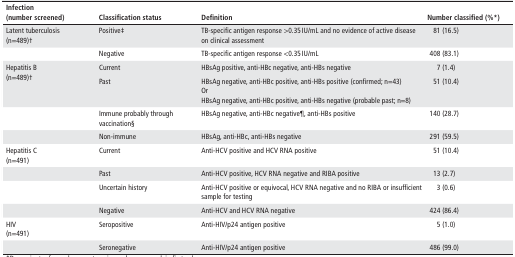
| Infection (number screened) | Classification status | Definition | Number classified (%*) |
 | --- | --- | --- | --- |
 | Latent tuberculosis (n=489)† | Positive‡ | TB-specific antigen response >0.35 IU/mL and no evidence of active disease on clinical assessment | 81 (16.5) |
 |  | Negative | TB-specific antigen response <0.35 IU/mL | 408 (83.1) |
 | <ROWSPAN=2> Hepatitis B (n=489)† | Current | HBsAg positive, anti-HBc negative, anti-HBs negative | 7 (1.4) |
 | Past | HBsAg negative, anti-HBc positive, anti-HBs positive (confirmed; n=43) Or HBsAg negative, anti-HBc positive, anti-HBs negative (probable past; n=8) | 51 (10.4) |
 |  | Immune probably through vaccination§ | HBsAg negative, anti-HBc negative¶, anti-HBs positive | 140 (28.7) |
 |  | Non-immune | HBsAg, anti-HBc, anti-HBs negative | 291 (59.5) |
 | Hepatitis C (n=491) | Current | Anti-HCV positive and HCV RNA positive | 51 (10.4) |
 |  | Past | Anti-HCV positive, HCV RNA negative and RIBA positive | 13 (2.7) |
 |  | Uncertain history | Anti-HCV positive or equivocal, HCV RNA negative and no RIBA or insufficient sample for testing | 3 (0.6) |
 |  | Negative | Anti-HCV and HCV RNA negative | 424 (86.4) |
 | HIV (n=491) | Seropositive | Anti-HIV/p24 antigen positive | 5 (1.0) |
 |  | Seronegative | Anti-HIV/p24 antigen positive | 486 (99.0) |